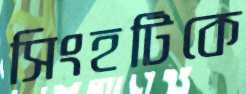
সিংহটিকে